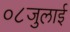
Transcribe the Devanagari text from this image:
०८जुलाई